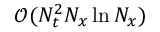
\mathcal { O } ( N _ { t } ^ { 2 } N _ { x } \ln { N _ { x } } )